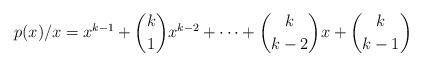
LaTeX: \begin{align*}p(x)/x = x^{k-1}+\binom{k}{1}x^{k-2}+ \cdots +\binom{k}{k-2}x+\binom{k}{k-1}\end{align*}